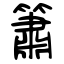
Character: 簫